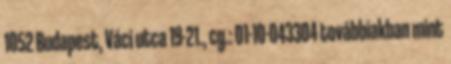
1052 Budapest, Váci utca 19-21., cg.: 01-10-043304 továbbiakban mint